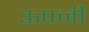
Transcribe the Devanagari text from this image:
ऊपजी